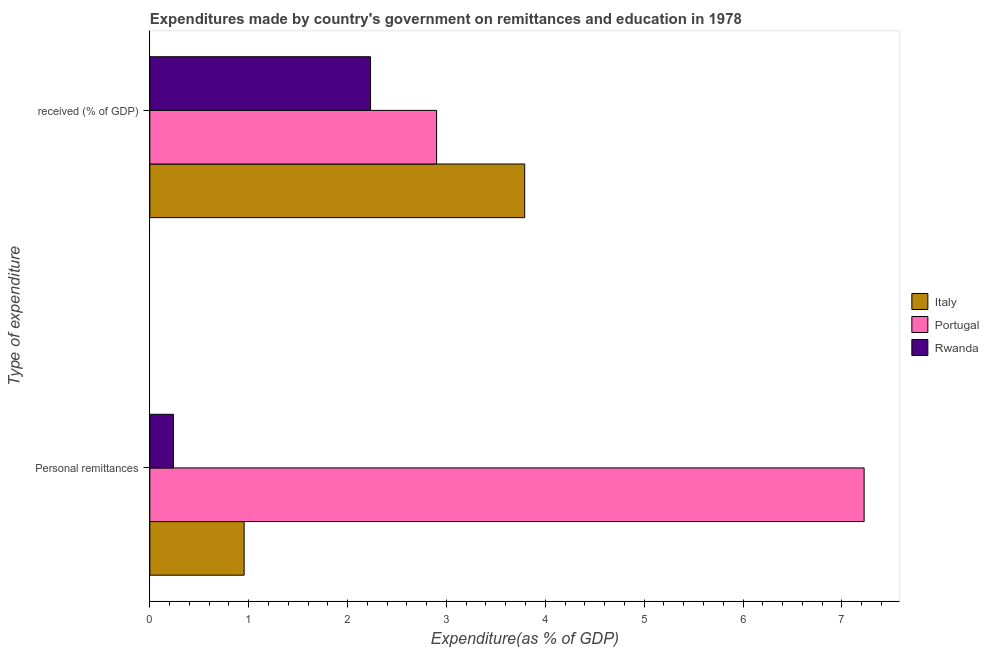
| Type of expenditure | Italy | Portugal | Rwanda |
 | --- | --- | --- | --- |
 | Personal remittances | 0.954 | 7.22 | 0.239 |
 |  received (% of GDP) | 3.79 | 2.9 | 2.23 |